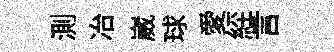
測冶崴球愛𦀇言